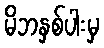
မိဘနှစ်ပါးမှ